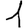
Digit: 1